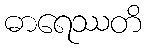
ဓာရေဿတိ